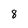
Character: 8